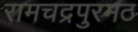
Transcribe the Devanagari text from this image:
रामचद्रपुरमठ